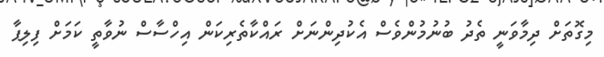
މިގޮތަށް ދިމާވަނީ ތެދު ބުނުމުންވެސް އެކުދިންނަށް ރައްކާތެރިކަން އިހްސާސް ނުވާތީ ކަމަށް ފިލިޕާ